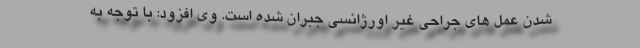
شدن عمل های جراحی غیر اورژانسی جبران شده است. وی افزود: با توجه به